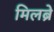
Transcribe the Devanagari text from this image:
मिलब्रे